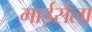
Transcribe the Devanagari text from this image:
माईसैला